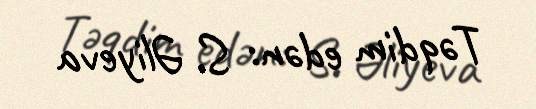
Təqdim edən: S. Əliyeva